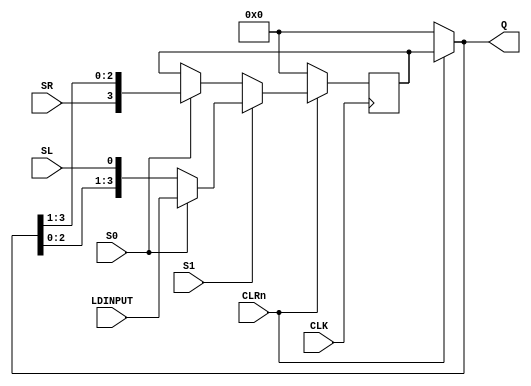
module shift_reg(CLK, CLRn, S1, S0, SL, SR, LDINPUT, Q);
input CLK, CLRn, S1, S0, SL, SR;
input [3:0] LDINPUT;
output [3:0] Q;

wire [3:0] Q;
reg [3:0] nextQ;

assign Q = (CLRn) ? (nextQ) : (4'b0000);

always @(posedge CLK)
  if (!CLRn) nextQ <= 4'b0000;
  else
    if (S1)
	  if (S0) nextQ <= LDINPUT;
	  else nextQ <= {Q[2:0], SL};
    else
      if(S0) nextQ <= {SR, Q[3:1]};

endmodule